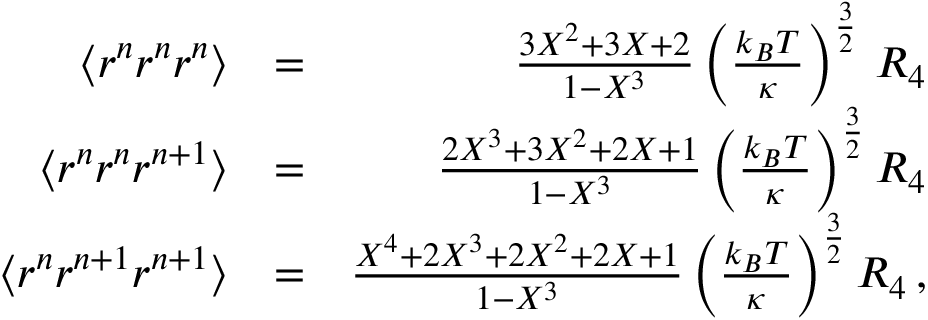
\begin{array} { r l r } { \langle r ^ { n } r ^ { n } r ^ { n } \rangle } & { = } & { \frac { 3 X ^ { 2 } + 3 X + 2 } { 1 - X ^ { 3 } } \left( \frac { k _ { B } T } { \kappa } \right) ^ { \frac { 3 } { 2 } } \, { \cal R } _ { 4 } } \\ { \langle r ^ { n } r ^ { n } r ^ { n + 1 } \rangle } & { = } & { \frac { 2 X ^ { 3 } + 3 X ^ { 2 } + 2 X + 1 } { 1 - X ^ { 3 } } \left( \frac { k _ { B } T } { \kappa } \right) ^ { \frac { 3 } { 2 } } { \cal R } _ { 4 } } \\ { \langle r ^ { n } r ^ { n + 1 } r ^ { n + 1 } \rangle } & { = } & { \frac { X ^ { 4 } + 2 X ^ { 3 } + 2 X ^ { 2 } + 2 X + 1 } { 1 - X ^ { 3 } } \left( \frac { k _ { B } T } { \kappa } \right) ^ { \frac { 3 } { 2 } } { \cal R } _ { 4 } \, , } \end{array}